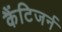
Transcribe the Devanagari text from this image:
कैंटिजर्न